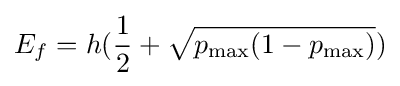
E_{f}=h({\frac {1}{2}}+{\sqrt {p_{\text{max}}(1-p_{\text{max}})}})